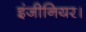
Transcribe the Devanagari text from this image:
इंजीनियर।